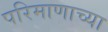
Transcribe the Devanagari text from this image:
परिमाणाच्या